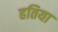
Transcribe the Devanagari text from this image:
हतिया